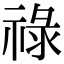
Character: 祿